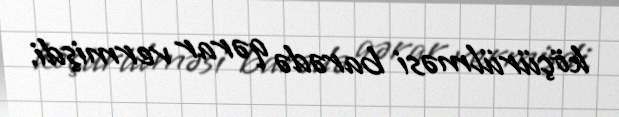
köçürülməsi barədə qərar vermişdi.